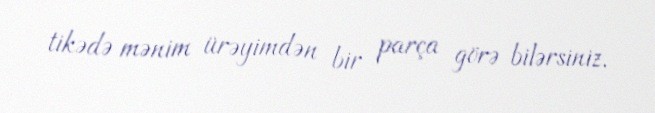
tikədə mənim ürəyimdən bir parça görə bilərsiniz.